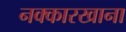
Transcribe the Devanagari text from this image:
नक्कारखाना